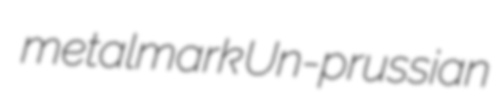
metalmark Un-prussian